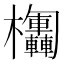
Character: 𣡴